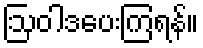
ဩဝါဒပေးကြရန်။